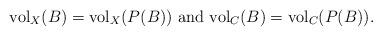
LaTeX: \begin{align*}\textup{vol}_X(B)=\textup{vol}_X(P(B)) \textup{ and } \textup{vol}_C(B)=\textup{vol}_C(P(B)) .\end{align*}